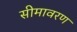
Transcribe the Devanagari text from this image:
सीमावरण